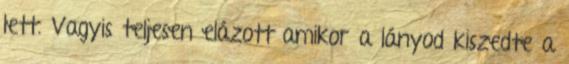
lett. Vagyis teljesen elázott amikor a lányod kiszedte a